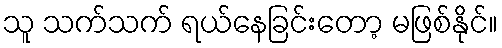
သူ သက်သက် ရယ်နေခြင်းတော့ မဖြစ်နိုင်။